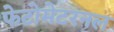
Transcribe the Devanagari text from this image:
फेटोमेटरनल